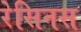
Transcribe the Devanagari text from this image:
रेसिनस